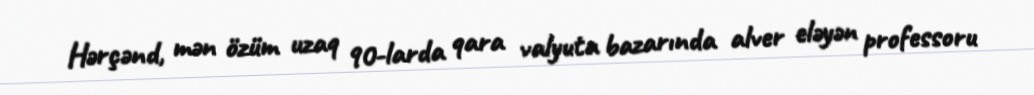
Hərçənd, mən özüm uzaq 90-larda qara valyuta bazarında alver eləyən professoru